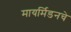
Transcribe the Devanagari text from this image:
मायर्मिडनचे